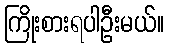
ကြိုးစားရပါဦးမယ်။